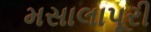
મસાલાપૂરી